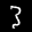
Label: 3